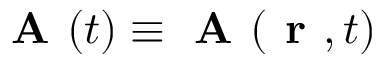
\textbf { A } ( t ) \equiv \textbf { A } ( \textbf { r } , t )